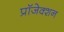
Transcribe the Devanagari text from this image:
प्रॉजेक्शन